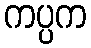
ကပ္ပက